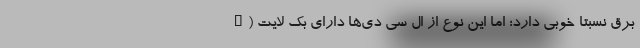
برق نسبتاً خوبی دارد؛ اما این نوع از ال سی دی‌ها دارای بک لایت (B